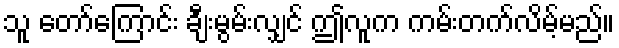
သူ တော်ကြောင်း ချီးမွမ်းလျှင် ဤလူက ကမ်းတက်လိမ့်မည်။